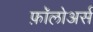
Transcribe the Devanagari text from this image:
फ़ॉलोअर्स